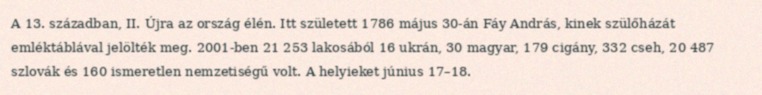
A 13. században, II. Újra az ország élén. Itt született 1786 május 30-án Fáy András, kinek szülőházát emléktáblával jelölték meg. 2001-ben 21 253 lakosából 16 ukrán, 30 magyar, 179 cigány, 332 cseh, 20 487 szlovák és 160 ismeretlen nemzetiségű volt. A helyieket június 17–18.